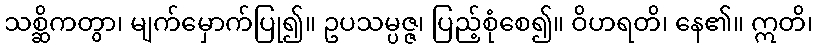
သစ္ဆိကတွာ၊ မျက်မှောက်ပြု၍။ ဥပသမ္ပဇ္ဇ၊ ပြည့်စုံစေ၍။ ဝိဟရတိ၊ နေ၏။ ဣတိ၊